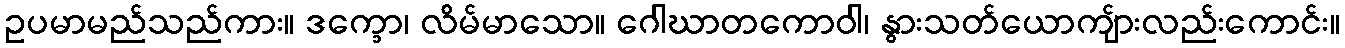
ဥပမာမည်သည်ကား။ ဒက္ခော၊ လိမ်မာသော။ ဂေါဃာတကောဝါ၊ နွားသတ်ယောကျ်ားလည်းကောင်း။